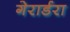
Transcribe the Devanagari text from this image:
गेरार्डरा